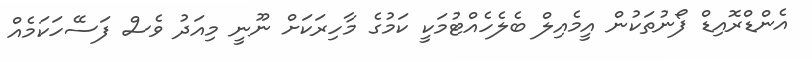
އެންޑްރޮއިޑް ފޯނުތަކުން އީމެއިލް ބެލެހެއްޓުމަކީ ކަމުގެ މާހިރަކަށް ނޫނީ މިއަދު ވެސް ފަސޭހަކަމެއް